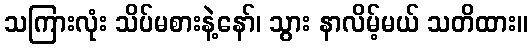
သကြားလုံး သိပ်မစားနဲ့နော်၊ သွား နာလိမ့်မယ် သတိထား။